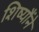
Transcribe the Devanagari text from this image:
शिष्यौंने